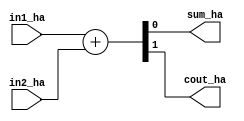
///////////////////////////////////////////////////////////////////////////////////////////////////
// Part of paper Design and Analysis of Approximate 4-2 Compressors for HighAccuracy Multipliers
// 2022 April
//
// Contributers : Prof. Madhav Rao, Aakarsh Dev, Animesh Kumar Tiwari
// 
///////////////////////////////////////////////////////////////////////////////////////////////////

// Half Adder 

module HA(in1_ha, in2_ha, sum_ha, cout_ha);
input in1_ha, in2_ha;
output sum_ha, cout_ha;

assign {cout_ha,sum_ha} = in1_ha + in2_ha;

endmodule

// Full Adder

module FA(in1_fa, in2_fa, cin_fa, sum_fa, cout_fa);

input in1_fa, in2_fa, cin_fa;
output sum_fa, cout_fa;

assign {cout_fa,sum_fa} = in1_fa + in2_fa + cin_fa;

endmodule

// Exact 4-2 compressor

module EXACT(x4_ex, x3_ex, x2_ex, x1_ex, cin_ex, sum_ex, carry_ex, cout_ex);

input x4_ex, x3_ex, x2_ex, x1_ex, cin_ex;
output sum_ex, carry_ex, cout_ex;

assign sum_ex = x4_ex ^ x3_ex ^ x2_ex ^ x1_ex ^ cin_ex;
assign cout_ex = (x2_ex ^ x1_ex)&(x3_ex) | (~(x2_ex ^ x1_ex))&(x1_ex);
assign carry_ex = ((x4_ex ^ x3_ex ^ x2_ex ^ x1_ex)&(cin_ex)) | (~(x4_ex ^ x3_ex ^ x2_ex ^ x1_ex))&(x4_ex);
assign b1 = (~(x4_ex ^ x3_ex ^ x2_ex ^ x1_ex));
assign b2 = b1 &(x4_ex);
assign a1 = (x4_ex ^ x3_ex ^ x2_ex ^ x1_ex);
assign a2 = a1&(cin_ex);

endmodule


// Pro 4 approximate compressor

module APPROX_PRO4(a,b,c,d,S,C);
 output S,C;
 input a,b,c,d;
 wire t1,t2;

 assign t1 = a^b;
 assign t2 = c^d;
 assign S = ~(((~t1)&(c|d)) | ((t1)&(~t2))); // Sum
 assign C = ~((~(a|b)&(~(c&d))) | (~(c|d)&(~(a&b)))); // Carry Out

endmodule

// Now we are starting the top level module

module Eight_bit_multiplier(A,B,pp4);

input wire [7:0] A;
input wire [7:0] B;
//output wire [15:0] y;
wire  pp [7:0][7:0];
wire pp2 [3:0][14:0];
wire pp3 [1:0][14:0];
output [15:0] pp4;
wire carry_e0,carry_e1,carry_e2;

// generating partial products 

genvar i;
genvar j;

for(i = 0; i<8; i=i+1)begin

   for(j = 0; j<8;j = j+1)begin
      assign pp[i][j] = A[j]*B[i];
end
end

// partial products generated

assign pp2[0][0] = pp[0][0];
assign pp2[1][0] = 1'b0;
assign pp2[2][0] = 1'b0;
assign pp2[3][0] = 1'b0;

assign pp2[0][1] = pp[0][1];
assign pp2[1][1] = pp[1][0];
assign pp2[2][1] = 1'b0;
assign pp2[3][1] = 1'b0;

assign pp2[0][2] = pp[0][2];
assign pp2[1][2] = pp[1][1];
assign pp2[2][2] = pp[2][0];
assign pp2[3][2] = 1'b0;

assign pp2[0][3] = pp[0][3];
assign pp2[1][3] = pp[1][2];
assign pp2[2][3] = pp[2][1];
assign pp2[3][3] = pp[3][0];

HA h0 (pp[0][4], pp[1][3], pp2[0][4], pp2[1][5]);
assign pp2[1][4] = pp[2][2];
assign pp2[2][4] = pp[3][1];
assign pp2[3][4] = pp[4][0];

APPROX_PRO4 ap0 (pp[0][5], pp[1][4], pp[2][3], pp[3][2], pp2[0][5], pp2[1][6]);
assign pp2[2][5] = pp[4][1];
assign pp2[3][5] = pp[5][0];

assign pp2[3][6] = pp[6][0];
HA h1 (pp[4][2], pp[5][1], pp2[2][6], pp2[3][7]);
APPROX_PRO4 ap1 (pp[0][6], pp[1][5], pp[2][4], pp[3][3], pp2[0][6], pp2[1][7]);

APPROX_PRO4 ap2 (pp[0][7], pp[1][6], pp[2][5], pp[3][4], pp2[0][7], pp2[1][8]);
APPROX_PRO4 ap3 (pp[4][3], pp[5][2], pp[6][1], pp[7][0], pp2[2][7], pp2[3][8]);

wire carry_in;

assign carry_in = 1'b0;

EXACT e0 (pp[1][7], pp[2][6], pp[3][5], pp[4][4], carry_in, pp2[0][8], carry_e0, pp2[1][9]);
FA f0 (pp[5][3], pp[6][2], pp[7][1], pp2[2][8], pp2[3][9]);

EXACT e1 (pp[2][7], pp[3][6], pp[4][5], pp[5][4], carry_e0, pp2[0][9], carry_e1, pp2[1][10]);
HA h2 (pp[6][3], pp[7][2], pp2[2][9], pp2[3][10]);

assign pp2[2][10] = pp[7][3];
EXACT e2 (pp[3][7], pp[4][6], pp[5][5], pp[6][4], carry_e1, pp2[0][10], carry_e2, pp2[1][11]);

assign pp2[2][11] = pp[6][5];
assign pp2[3][11] = pp[7][4];
FA f1 (pp[4][7], pp[5][6], carry_e2, pp2[0][11], pp2[1][12]);

assign pp2[2][12] = pp[6][6];
assign pp2[3][12] = pp[7][5];
assign pp2[0][12] = pp[5][7];


assign pp2[0][13] = pp[6][7];
assign pp2[1][13] = pp[7][6];
assign pp2[2][13] = 1'b0;
assign pp2[3][13] = 1'b0;

assign pp2[0][14] = pp[7][7];
assign pp2[1][14] = 1'b0;
assign pp2[2][14] = 1'b0;
assign pp2[3][14] = 1'b0;

// Now writing the code for third stage

assign pp3[0][0] = pp2[0][0];
assign pp3[1][0] = 1'b0;

assign pp3[0][1] = pp2[0][1];
assign pp3[1][1] = pp2[1][1];

HA h3 (pp2[0][2], pp2[1][2], pp3[0][2], pp3[1][3]);
assign pp3[1][2] = pp2[2][2];

APPROX_PRO4 ap4 (pp2[0][3], pp2[1][3], pp2[2][3], pp2[3][3], pp3[0][3], pp3[1][4]);

APPROX_PRO4 ap5 (pp2[0][4], pp2[1][4], pp2[2][4], pp2[3][4], pp3[0][4], pp3[1][5]);

APPROX_PRO4 ap6 (pp2[0][5], pp2[1][5], pp2[2][5], pp2[3][5], pp3[0][5], pp3[1][6]);

APPROX_PRO4 ap7 (pp2[0][6], pp2[1][6], pp2[2][6], pp2[3][6], pp3[0][6], pp3[1][7]);

APPROX_PRO4 ap8 (pp2[0][7], pp2[1][7], pp2[2][7], pp2[3][7], pp3[0][7], pp3[1][8]);

wire carry_e3,carry_e4,carry_e5,carry_e6,carry_e7;


EXACT e3 (pp2[0][8], pp2[1][8], pp2[2][8], pp2[3][8], carry_in, pp3[0][8], carry_e3, pp3[1][9]);

EXACT e4 (pp2[0][9], pp2[1][9], pp2[2][9], pp2[3][9], carry_e3, pp3[0][9], carry_e4, pp3[1][10]);

EXACT e5 (pp2[0][10], pp2[1][10], pp2[2][10], pp2[3][10], carry_e4, pp3[0][10], carry_e5, pp3[1][11]);

EXACT e6 (pp2[0][11], pp2[1][11], pp2[2][11], pp2[3][11], carry_e5, pp3[0][11], carry_e6, pp3[1][12]);

EXACT e7 (pp2[0][12], pp2[1][12], pp2[2][12], pp2[3][12], carry_e6, pp3[0][12], carry_e7, pp3[1][13]);

FA f2 (pp2[0][13], pp2[1][13], carry_e7, pp3[0][13], pp3[1][14]);

assign pp3[0][14] = pp2[0][14];

// Last stage 

wire carry4_0,carry4_1,carry4_2,carry4_3,carry4_4,carry4_5,carry4_6,carry4_7,carry4_8,carry4_9,carry4_10,carry4_11,carry4_12,carry4_13,carry4_14;

FA pp4_0 (pp3[0][0], pp3[1][0], 1'b0, pp4[0], carry4_0);

FA pp4_1 (pp3[0][1], pp3[1][1], carry4_0, pp4[1], carry4_1);

FA pp4_2 (pp3[0][2], pp3[1][2], carry4_1, pp4[2], carry4_2);

FA pp4_3 (pp3[0][3], pp3[1][3], carry4_2, pp4[3], carry4_3);

FA pp4_4 (pp3[0][4], pp3[1][4], carry4_3, pp4[4], carry4_4);

FA pp4_5 (pp3[0][5], pp3[1][5], carry4_4, pp4[5], carry4_5);

FA pp4_6 (pp3[0][6], pp3[1][6], carry4_5, pp4[6], carry4_6);

FA pp4_7 (pp3[0][7], pp3[1][7], carry4_6, pp4[7], carry4_7);

FA pp4_8 (pp3[0][8], pp3[1][8], carry4_7, pp4[8], carry4_8);

FA pp4_9 (pp3[0][9], pp3[1][9], carry4_8, pp4[9], carry4_9);

FA pp4_10 (pp3[0][10], pp3[1][10], carry4_9, pp4[10], carry4_10);

FA pp4_11 (pp3[0][11], pp3[1][11], carry4_10, pp4[11], carry4_11);

FA pp4_12 (pp3[0][12], pp3[1][12], carry4_11, pp4[12], carry4_12);

FA pp4_13 (pp3[0][13], pp3[1][13], carry4_12, pp4[13], carry4_13);

FA pp4_14 (pp3[0][14], pp3[1][14], carry4_13, pp4[14], pp4[15]);

endmodule